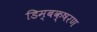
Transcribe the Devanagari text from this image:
डिम्बक्षरण